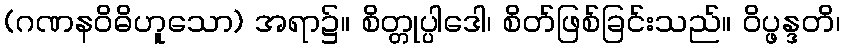
(ဂဏနဝိဓိဟူသော) အရာ၌။ စိတ္တုပ္ပါဒေါ၊ စိတ်ဖြစ်ခြင်းသည်။ ဝိပ္ဖန္ဒတိ၊